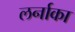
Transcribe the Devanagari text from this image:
लर्नाका